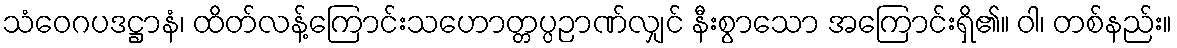
သံဝေဂပဒဋ္ဌာနံ၊ ထိတ်လန့်ကြောင်းသဟောတ္တပ္ပဉာဏ်လျှင် နီးစွာသော အကြောင်းရှိ၏။ ဝါ၊ တစ်နည်း။